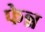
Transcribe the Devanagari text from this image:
फेन्न